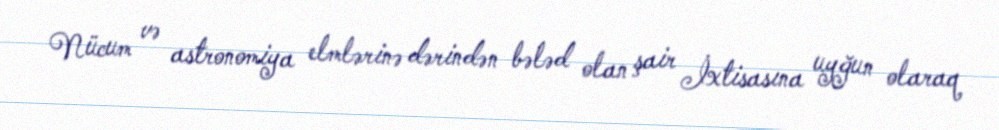
Nücum və astronomiya elmlərinə dərindən bələd olan şair İxtisasına uyğun olaraq